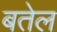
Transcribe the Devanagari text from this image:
बतेल